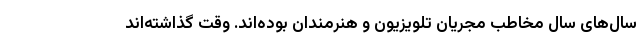
سال‌های سال مخاطب مجریان تلویزیون و هنرمندان بوده‌اند. وقت گذاشته‌اند